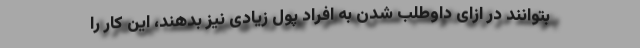
بتوانند در ازای داوطلب شدن به افراد پول زیادی نیز بدهند، این کار را